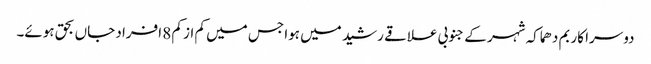
دوسرا کار بم دھماکہ شہر کے جنوبی علاقے رشید میں ہوا جس میں کم از کم 8 افراد جاں بحق ہوئے۔